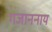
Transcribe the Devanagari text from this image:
गजाननाय